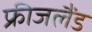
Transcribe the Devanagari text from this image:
फ्रीजलैंड